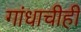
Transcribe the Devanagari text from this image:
गांधाचीही